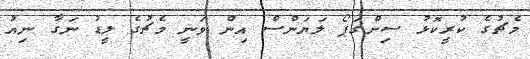
މެޗުގެ ކުރީކޮޅު ސިންގަޕޯ ލަޔަންސް އިން ވަނީ މެޗުގެ ލީޑު ނަގާ ނިއު